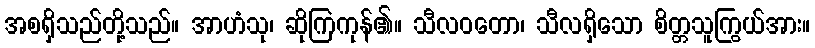
အစရှိသည်တို့သည်။ အာဟံသု၊ ဆိုကြကုန်၏။ သီလဝတော၊ သီလရှိသော စိတ္တသူကြွယ်အား။